Plague in India, 1896, 1897 - Volume 4
Year: 1896
Disease focus: Plague
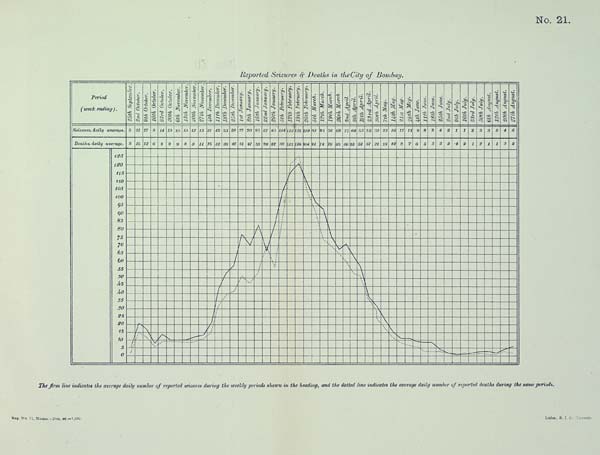
No. 21.
Reported Seizures & Deaths in the City of Bombay.
The firm line indicates the average daily number of reported seizures during the weekly periods shown in the heading, and the dotted line indicates the average daily number of reported deaths during the same periods.
Reg. No. 11, Home.–Feb. 98.—1,000. Litho., S. I. O. Calcutta.